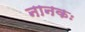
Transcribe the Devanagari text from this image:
नानकः